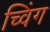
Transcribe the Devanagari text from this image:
च्विंग